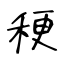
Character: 稉